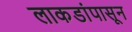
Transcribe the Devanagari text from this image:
लाकडांपासून